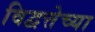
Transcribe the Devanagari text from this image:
विद्वत्तेच्या